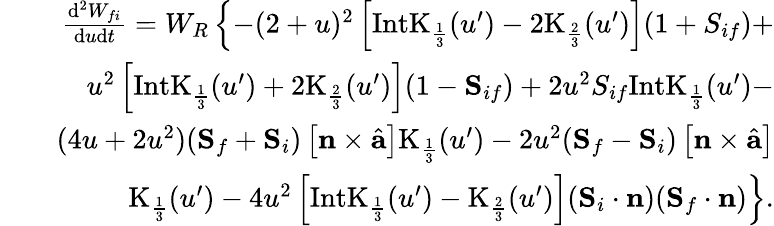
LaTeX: \begin{array}{rlr}&{}&{\frac{\mathrm{d}^{2}W_{fi}}{\mathrm{d}u\mathrm{d}t}=W_{R}\left\{ -(2+u)^{2}\left[\mathrm{IntK}_{\frac{1}{3}}(u^{\prime})-2\mathrm{K}_{\frac{2}{3}}(u^{\prime})\right](1+{S}_{if})+\right.}\\ &{}&{\left.u^{2}\left[\mathrm{IntK}_{\frac{1}{3}}(u^{\prime})+2\mathrm{K}_{\frac{2}{3}}(u^{\prime})\right](1-{\mathbf S}_{if})+2u^{2}{S}_{if}\mathrm{IntK}_{\frac{1}{3}}(u^{\prime})-\right.}\\ &{}&{\left.(4u+2u^{2})({\mathbf S}_{f}+{\mathbf S}_{i})\left[{\mathbf n}\times\hat{{\mathbf a}}\right]\mathrm{K}_{\frac{1}{3}}(u^{\prime})-2u^{2}({\mathbf S}_{f}-{\mathbf S}_{i})\left[{\mathbf n}\times\hat{{\mathbf a}}\right]\right.}\\ &{}&{\left.\mathrm{K}_{\frac{1}{3}}(u^{\prime})-4u^{2}\left[\mathrm{IntK}_{\frac{1}{3}}(u^{\prime})-\mathrm{K}_{\frac{2}{3}}(u^{\prime})\right]({\mathbf S}_{i}\cdot{\mathbf n})({\mathbf S}_{f}\cdot{\mathbf n})\right\} .}\end{array}